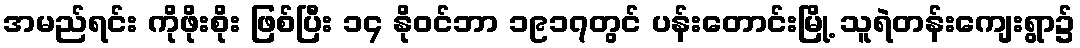
အမည်ရင်း ကိုဖိုးစိုး ဖြစ်ပြီး ၁၄ နိုဝင်ဘာ ၁၉၁၇တွင် ပန်းတောင်းမြို့ သူရဲတန်းကျေးရွာ၌